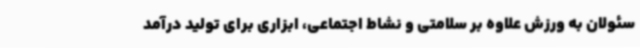
سئولان به ورزش علاوه بر سلامتی و نشاط اجتماعی، ابزاری برای تولید درآمد